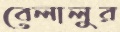
বেলালুর